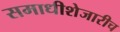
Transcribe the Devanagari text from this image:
समाधीशेजारीच